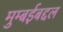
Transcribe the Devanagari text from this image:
मुम्बईबद्दल